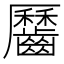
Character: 𪙪